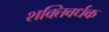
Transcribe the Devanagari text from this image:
शक्‍तिवर्धक